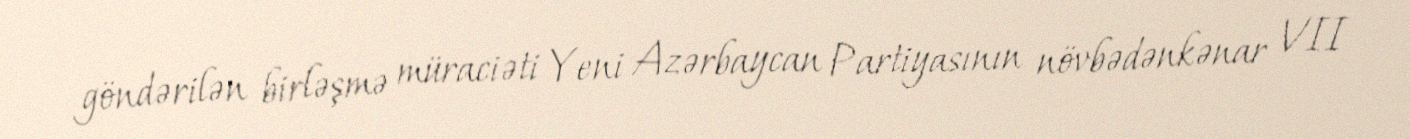
göndərilən birləşmə müraciəti Yeni Azərbaycan Partiyasının növbədənkənar VII